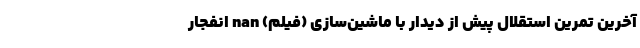
آخرین تمرین استقلال پیش از دیدار با ماشین‌سازی (فیلم) nan انفجار